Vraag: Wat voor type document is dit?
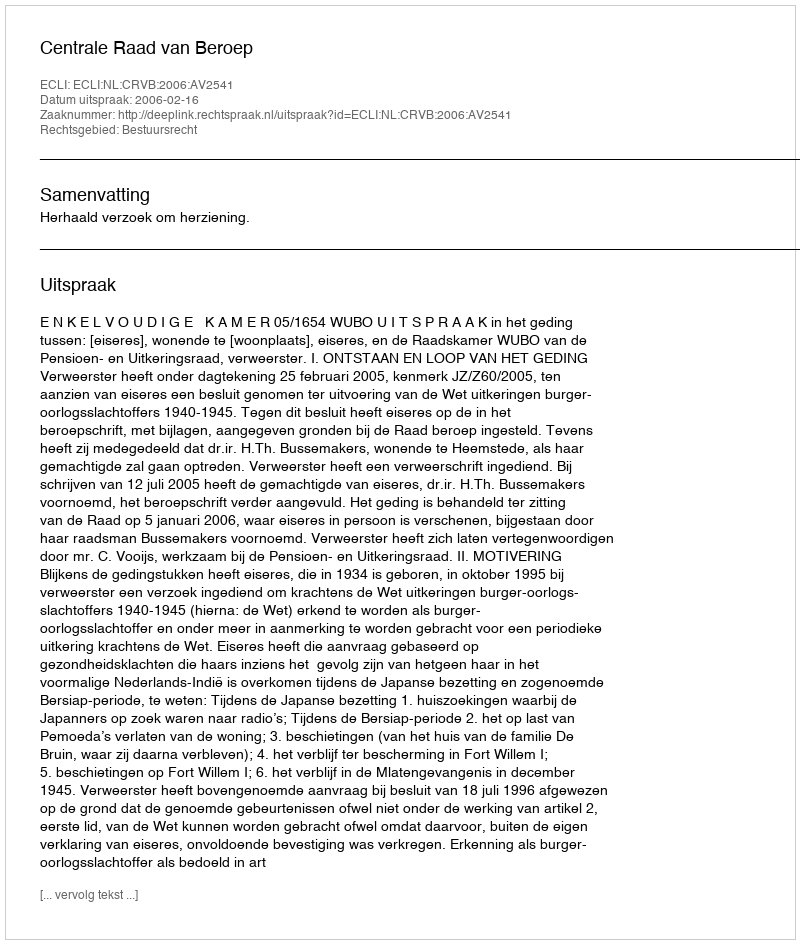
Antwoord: Uitspraak